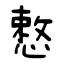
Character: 慗